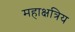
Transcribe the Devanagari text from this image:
महाक्षत्रिय